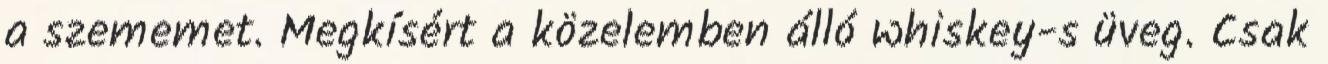
a szememet. Megkísért a közelemben álló whiskey-s üveg. Csak